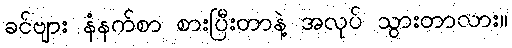
ခင်ဗျား နံနက်စာ စားပြီးတာနဲ့ အလုပ် သွားတာလား။